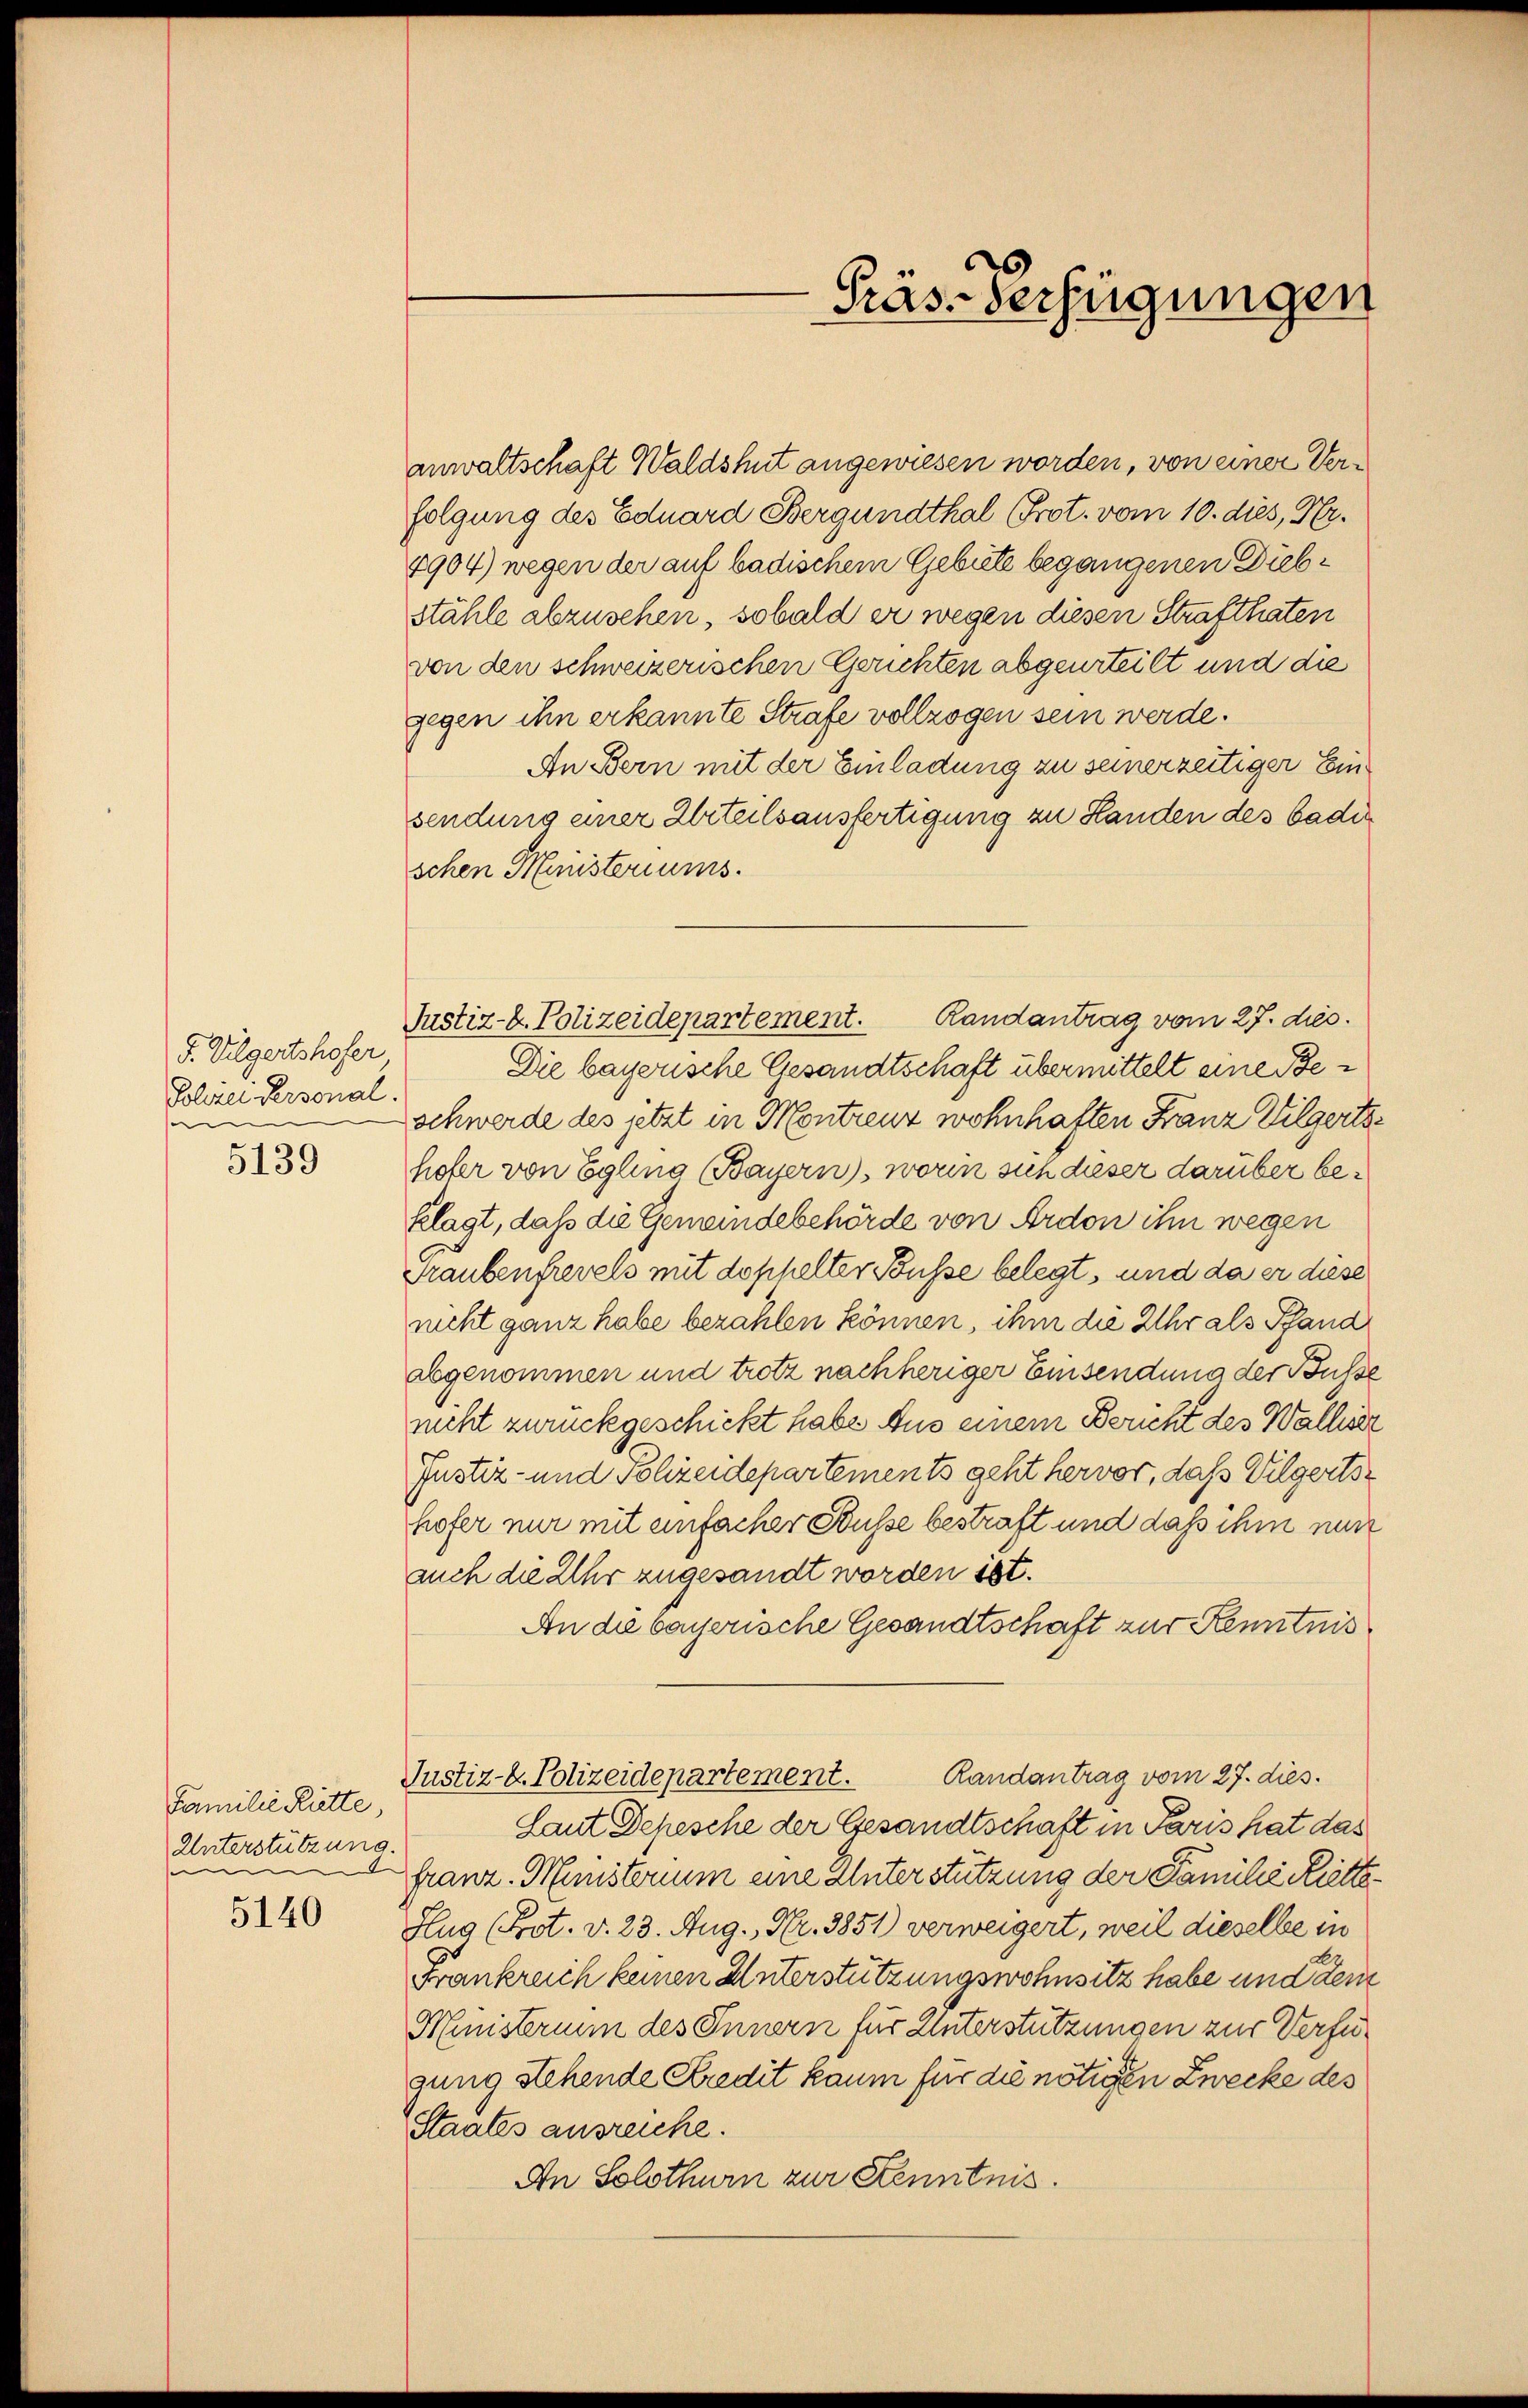
S. Vilgertshofer
Polizei Personal.
m
5139

Familie Rütte,
Unterstützung.
1
5140

anwaltschaft Waldshut angewiesen worden, von einer Verfolgung des Eduard Bergundthal (Prot. vom 10. dies, Hr.
4904) wegen der auf badischem Gebiete begangenen Diebstähle abzusehen, sobald er wegen diesen Strafthaten
von den schweizerischen Gerichten abgeurteilt und die
gegen ihn erkannte Strafe vollzogen sein werde.
An Bern mit der Einladung zu seinerzeitiger Einsendung einer Ziteilsausfertigung zu Handen des badis
schen Ministeriums.
Randantrag vom 27. dies
Justiz- u. Polizeidepartement.
Die bayerische Gesandtschaft übermittelt eine Beschwerde des jetzt in Montreuz wohnhaften Franz Vilgertshofer von Egling (Bayern), worin sich dieser darüber beklagt, daß die Gemeindebehörde von Ardon ihn wegen
Traubenfrevels mit doppelter Busse belegt, und da er diese
nicht ganz habe bezahlen können, ihm die Uhr als Pfand
abgenommen und trotz nachheriger Einsendung der Busse
nicht zurückgeschickt habe Aus einem Bericht des Wallier
Justiz- und Polizeidepartements geht hervor, daß Vilgertshofer nur mit einfacher Busse bestraft und dass ihm nun
auch die Uhr zugesandt worden ist.
An die bayerische Gesandtschaft zur Kenntnis
Randantrag vom 27. dies.
Justiz- u. Polizeidepartement.
Laut Depesche der Gesandtschaft in Paris hat das
franz-Ministerium eine Unterstützung der Familie Ritte¬
Hug (Prot. v. 23. Aug., Nr. 3851) verweigert, weil dieselbe in
Frankreich keinen Unterstützungswohnsitz habe und dem
Ministerium des Innern für Unterstützungen zur Verfügung stehende Kredit kaum für die nötigen Zwecke des
Staates ausreiche.
An Solothurn zur Kenntnis.

Präs-Verfügungen